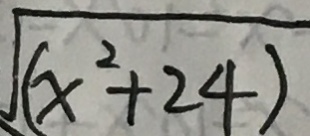
\sqrt { ( x ^ { 2 } + 2 4 ) }